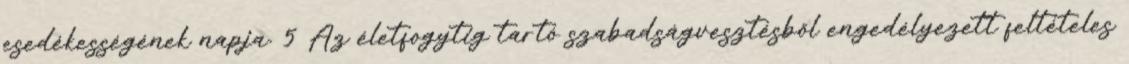
esedékességének napja. 5 Az életfogytig tartó szabadságvesztésből engedélyezett feltételes